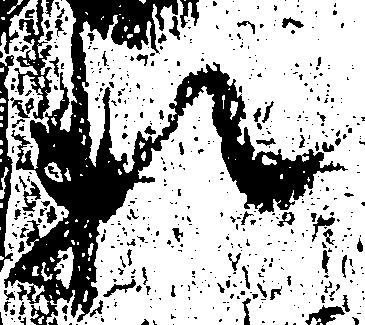
頼